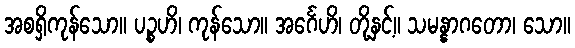
အစရှိကုန်သော။ ပဉ္စဟိ၊ ကုန်သော။ အင်္ဂေဟိ၊ တို့နှင့်။ သမန္နာဂတော၊ သော။